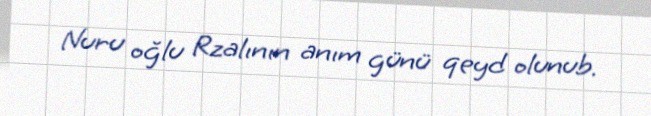
Nuru oğlu Rzalının anım günü qeyd olunub.